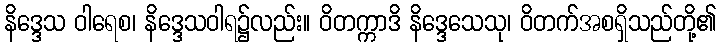
နိဒ္ဒေသ ဝါရေစ၊ နိဒ္ဒေသဝါရ၌လည်း။ ဝိတက္ကာဒိ နိဒ္ဒေသေသု၊ ဝိတက်အစရှိသည်တို့၏